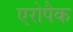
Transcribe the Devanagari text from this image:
एरोपैक